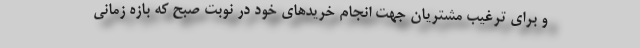
و برای ترغیب مشتریان جهت انجام خریدهای خود در نوبت صبح که بازه زمانی